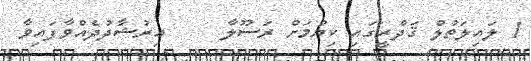
1 ލައިލަތުލް ޤަދްރީގައި ކިޔުމަށް ރަސޫލާ     އިރުޝާދުދެއްވާފައިވާ